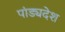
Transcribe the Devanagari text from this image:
पांड्यदेश